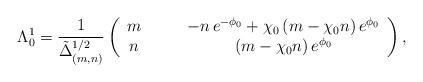
LaTeX: \begin{align*}\Lambda_0^1 = \frac{1}{\tilde{\Delta}_{(m,n)}^{1/2}} \left(\begin{array}{cc}m \qquad& - n \,e^{-\phi_0} + \chi_0 \,(m - \chi_0 n) \,e^{\phi_0} \\n\qquad & (m - \chi_0 n)\, e^{\phi_0} \end{array} \right),\end{align*}